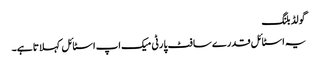
گو لڈ بلنگ
یہ اسٹا ئل قدرے سا فٹ پا رٹی میک اپ اسٹا ئل کہلا تا ہے۔